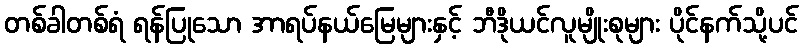
တစ်ခါတစ်ရံ ရန်ပြုသော အာရပ်နယ်မြေများနှင့် ဘီဒိုယင်လူမျိုးစုများ ပိုင်နက်သို့ပင်